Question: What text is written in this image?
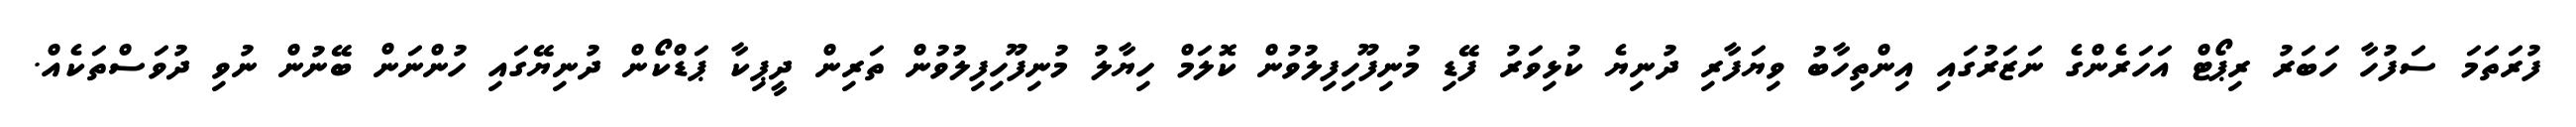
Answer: ފުރަތަމަ ސަފުހާ ހަބަރު ރިޕޯޓް އަހަރެންގެ ނަޒަރުގައި އިންތިހާބު ވިޔަފާރި ދުނިޔެ ކުޅިވަރު ފޭޑި މުނިފޫހިފިލުވުން ކޮލަމް ހިޔާލު މުނިފޫހިފިލުވުން ތަރިން ދީޕިކާ ޕަޑްކޯން ދުނިޔޭގައި ހުންނަން ބޭނުން ނުވި ދުވަސްތަކެއް.